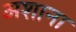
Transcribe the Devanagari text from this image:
अशाना